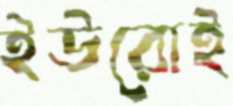
ইউরোই